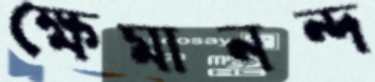
ক্ষেমানন্দ